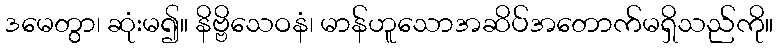
ဒမေတွာ၊ ဆုံးမ၍။ နိဗ္ဗိသေဝနံ၊ မာန်ဟူသောအဆိပ်အတောက်မရှိသည်ကို။